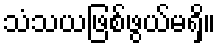
သံသယဖြစ်ဖွယ်မရှိ။